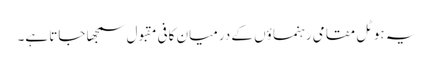
یہ ہوٹل مقامی رہنما ؤں کے درمیان کافی مقبول سمجھا جاتا ہے۔